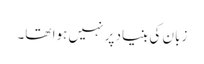
زبان کی بنیاد پر نہیں ہوا تھا۔